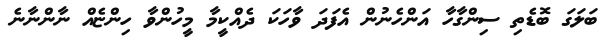
ބަލަގަ ބޮޑެތި ސިންގާހާ އަންހެނުން އެފަދަ ވާހަކަ ދެއްކީމާ މީހުންވާ ހިންޏެއް ނާންނާނެ